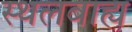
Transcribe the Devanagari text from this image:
स्थलबाह्य